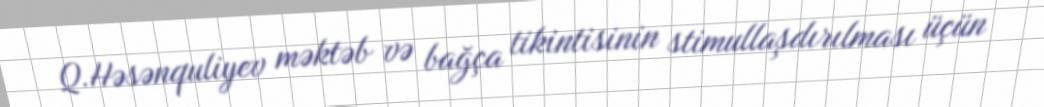
Q.Həsənquliyev məktəb və bağça tikintisinin stimullaşdırılması üçün